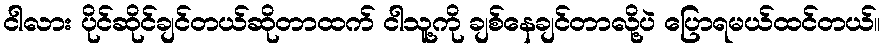
ငါလား ပိုင်ဆိုင်ချင်တယ်ဆိုတာထက် ငါသူ့ကို ချစ်နေချင်တာလို့ပဲ ပြောရမယ်ထင်တယ်။